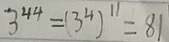
3 ^ { 4 4 } = ( 3 ^ { 4 } ) ^ { 1 1 } = 8 1